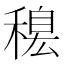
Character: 𥡋